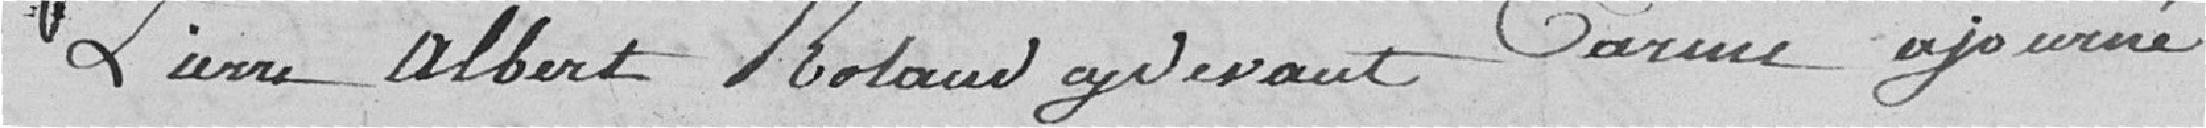
Pierre Albert Roland ci-devant Carme ajournée